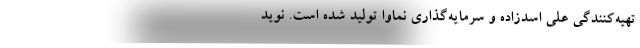
تهیه‌کنندگی علی اسدزاده و سرمایه‌گذاری نماوا تولید شده است. نوید